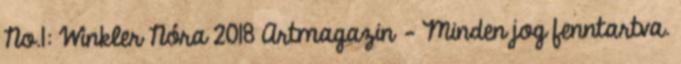
No.1: Winkler Nóra 2018 Artmagazin - Minden jog fenntartva.